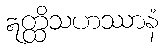
ဣတ္ထိသဟဿာနံ